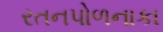
રતનપોળનાકા